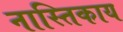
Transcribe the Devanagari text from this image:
नास्तिकाय